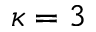
\kappa = 3